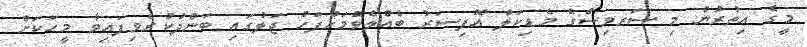
މީގެ އިތުރުން މި ސަރވިސްގެ މެޑިކަލް އޮފިސަރު ބެއްލެވުމަށްފަހު ޖަލުގައި ބަންދުކުރެވިފައިވާ މީހަކަށް